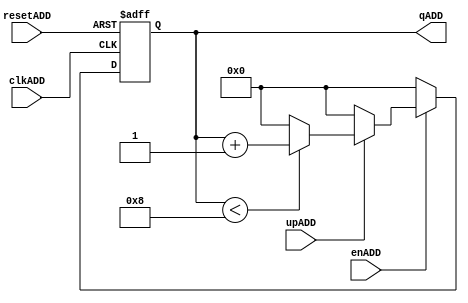
`timescale 1ns / 1ps
//////////////////////////////////////////////////////////////////////////////////
// Company: 
// Engineer: 
// 
// Design Name: 
// Module Name:    Cuenta_DIR 
// Project Name: 
// Target Devices: 
// Tool versions: 
// Description: 
//
// Dependencies: 
//
// Revision: 
// Revision 0.01 - File Created
// Additional Comments: 
//
//////////////////////////////////////////////////////////////////////////////////
		module Cuenta_DIR(
    	input wire clkADD,
		input wire resetADD,
		input wire enADD, 
	input wire upADD,
		output wire [3:0] qADD	
    );
	 
	 
	 
	 reg [3:0]q_actADD, q_nextADD;


//Body of "state" registers
always@(posedge clkADD,posedge resetADD)
	if(resetADD)
		q_actADD <= 4'b0;
	else
		q_actADD <= q_nextADD;
		
always@*
begin
	if(enADD)
	begin
		if(upADD) 
			begin
			
				if(qADD < 4'd8) 
				begin
					q_nextADD = q_actADD + 4'b1;
				
				end
				else 
					q_nextADD = 4'b0;
			end
		else
			q_nextADD = 4'b0;
		end
	else
		q_nextADD = 4'b0;
			
end

assign qADD = q_actADD;
 
endmodule


/*		
always@*
begin
	if(clkADD) begin
		if(enADD)
			begin 
					if(qADD <= 4'd8) 
					begin
						q_nextADD = q_actADD + 4'b1;
					end
				else 
				q_nextADD  = 4'b0;
			end	
	end
	else
	q_nextADD = q_actADD;

	
end
assign qADD = q_actADD;
 
endmodule
*/